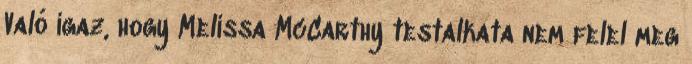
Való igaz, hogy Melissa McCarthy testalkata nem felel meg